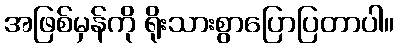
အဖြစ်မှန်ကို ရိုးသားစွာပြောပြတာပါ။